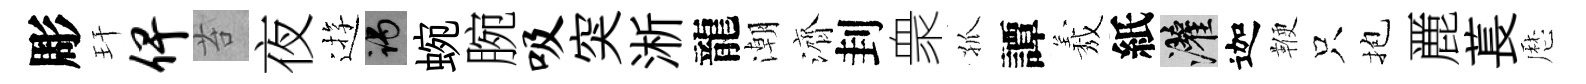
彫玕俾苔夜逰谒蜿腕吸突淅龍潮濟刲衆孤譚𦏁紙灌迦鞭只抱䴡萇厯